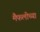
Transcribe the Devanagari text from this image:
मैफलीच्या